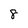
Character: 8